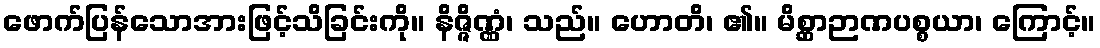
ဖောက်ပြန်သောအားဖြင့်သိခြင်းကို။ နိဇ္ဇိဏ္ဏံ၊ သည်။ ဟောတိ၊ ၏။ မိစ္ဆာဉာဏပစ္စယာ၊ ကြောင့်။